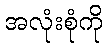
အလုံးစုံကို